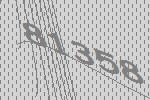
81358